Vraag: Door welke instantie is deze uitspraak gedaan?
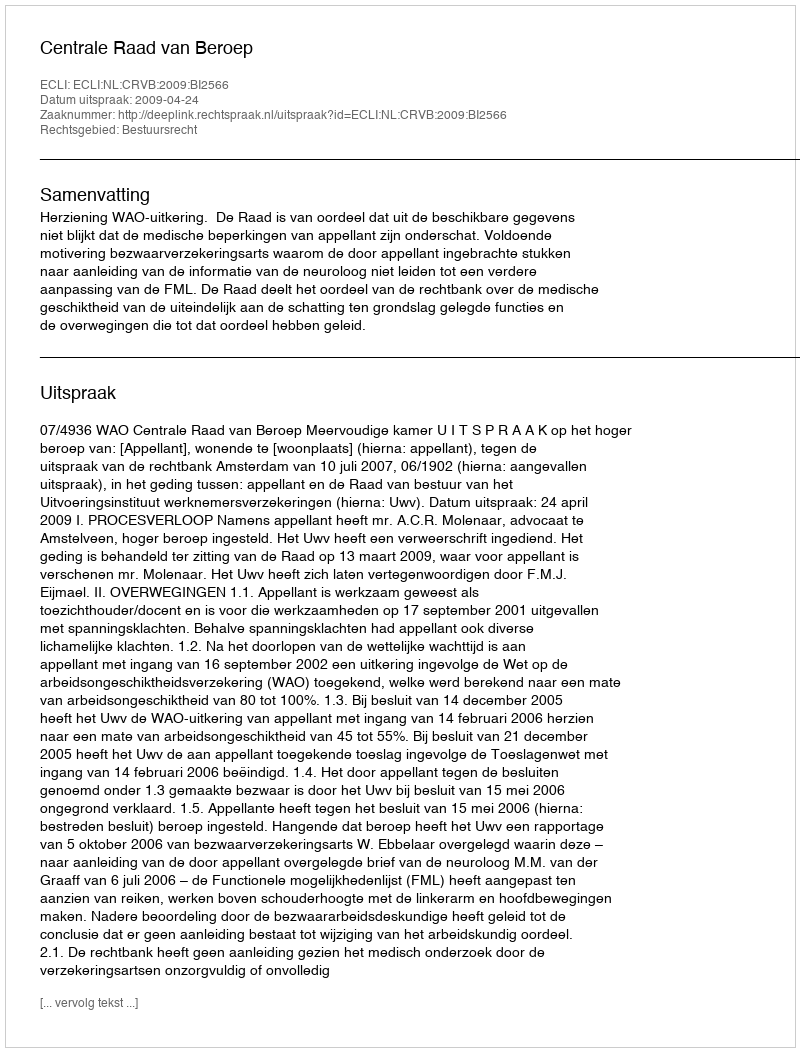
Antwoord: Centrale Raad van Beroep